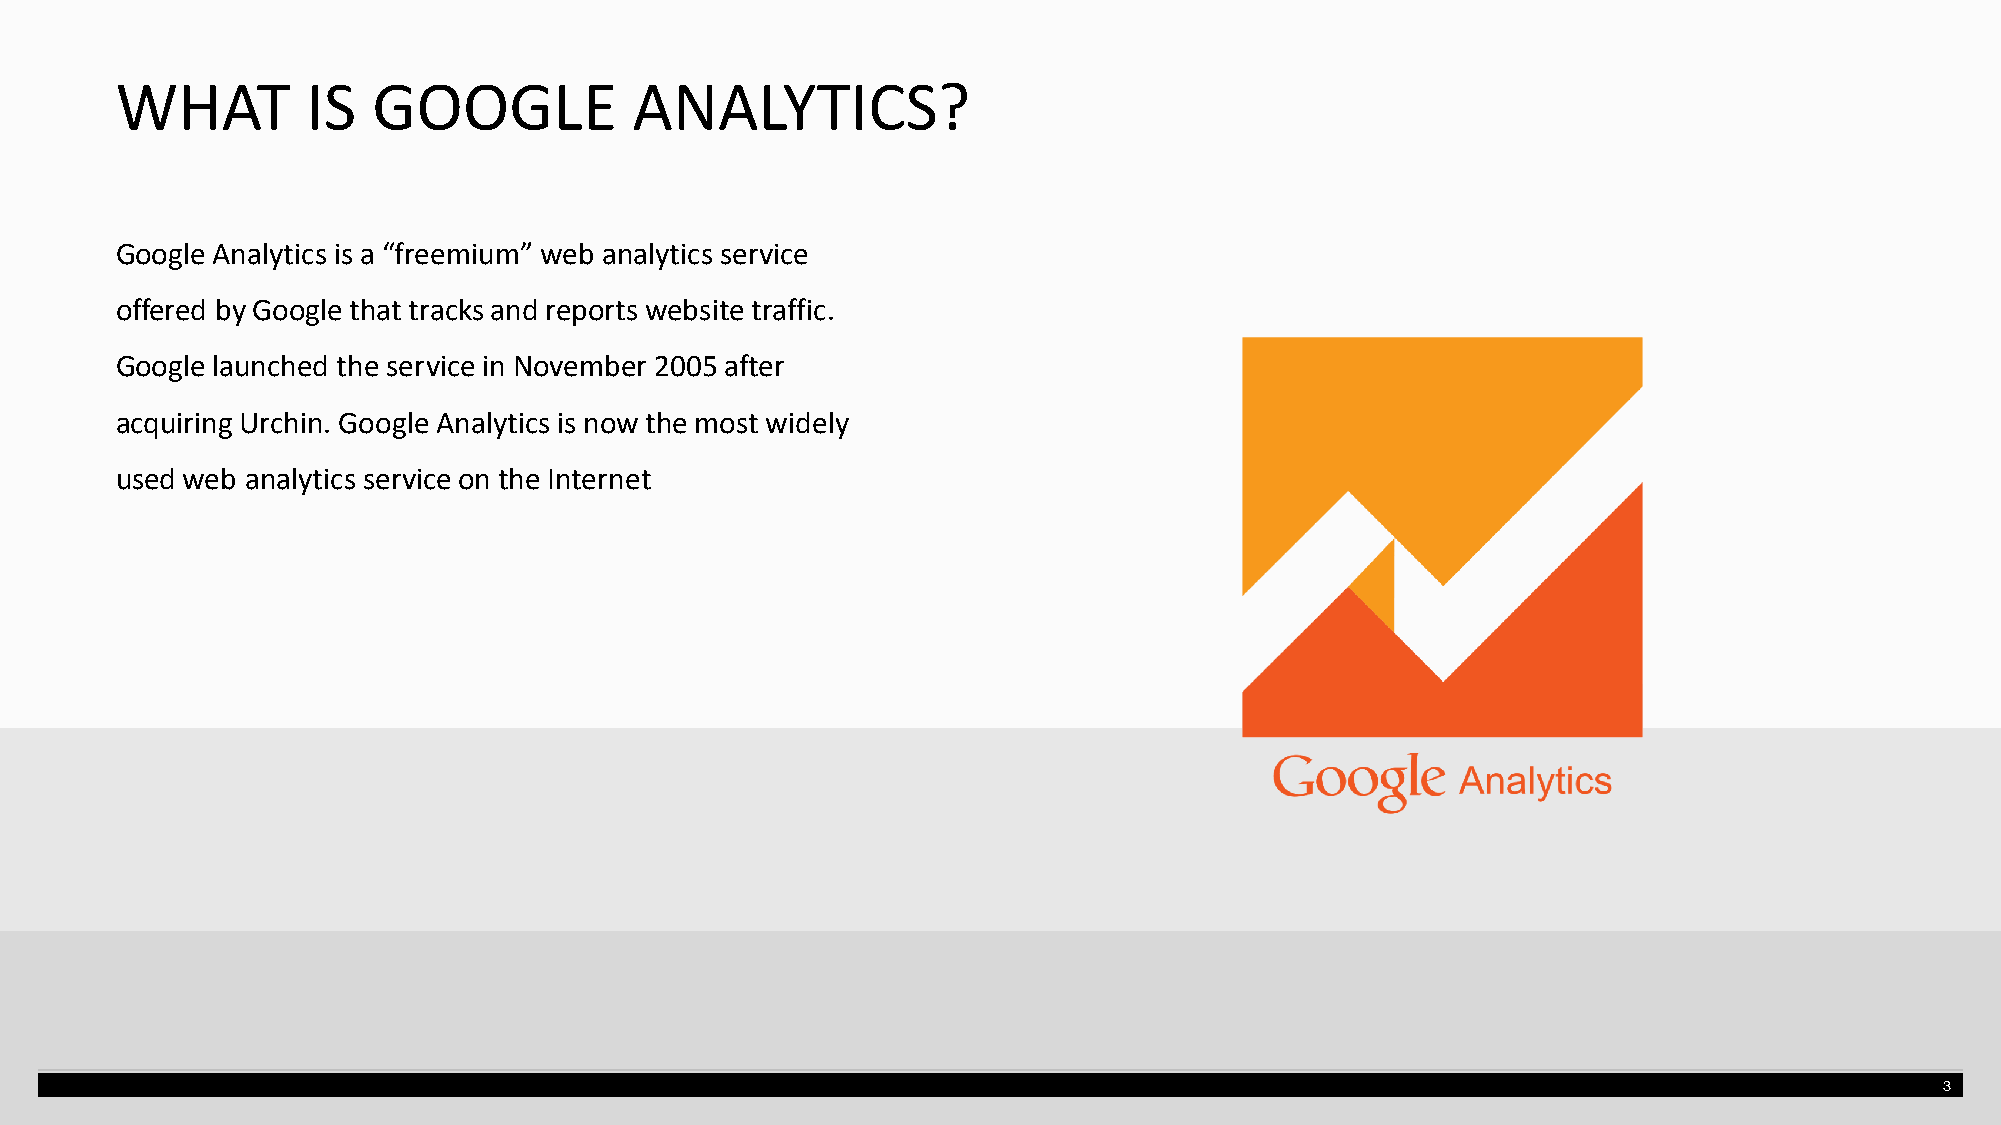
WHAT        IS   GOOGLE           ANALYTICS?
 Google Analytics is a “freemium” web analytics service
 offered by Google that tracks and reports website traffic.
 Google launched the service in November 2005 after
 acquiring Urchin. Google Analytics is now the most widely
 used web analytics service on the Internet
 3